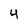
Character: 4